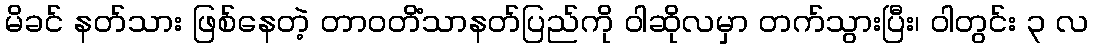
မိခင် နတ်သား ဖြစ်နေတဲ့ တာဝတိံသာနတ်ပြည်ကို ဝါဆိုလမှာ တက်သွားပြီး၊ ဝါတွင်း ၃ လ